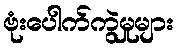
ဗုံးပေါက်ကွဲမှုများ